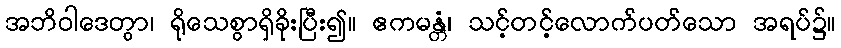
အဘိဝါဒေတွာ၊ ရိုသေစွာရှိခိုးပြီး၍။ ဧကမန္တံ၊ သင့်တင့်လောက်ပတ်သော အရပ်၌။